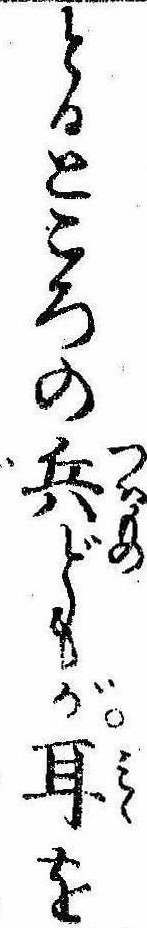
とるところの兵どもが耳を